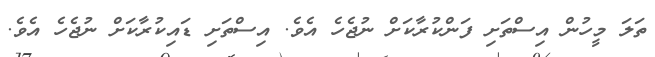
ތަލަ މީހުން އިސްތަށި ފަންކުރާކަށް ނުޖެހެ އެވެ. އިސްތަށި ޑައިކުރާކަށް ނުޖެހެ އެވެ.